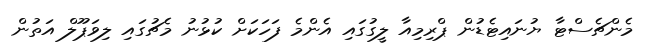
މެންޗެސްޓާ ޔުނައިޓެޑުން ޕްރިމިއާ ލީގުގައި އެންމެ ފަހަކަށް ކުޅުނު މެޗުގައި ލިވަޕޫލް އަތުން